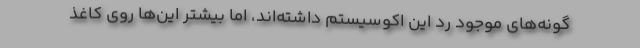
گونه‌های موجود رد این اکوسیستم داشته‌اند، اما بیشتر این‌ها روی کاغذ